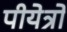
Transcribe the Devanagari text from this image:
पीयेत्रो